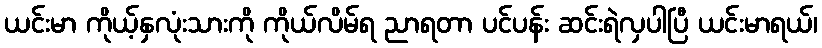
ယင်းမာ ကိုယ့်နှလုံးသားကို ကိုယ်လိမ်ရ ညာရတာ ပင်ပန်း ဆင်းရဲလှပါပြီ ယင်းမာရယ်၊